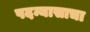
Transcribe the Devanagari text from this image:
पदन्यासाचा